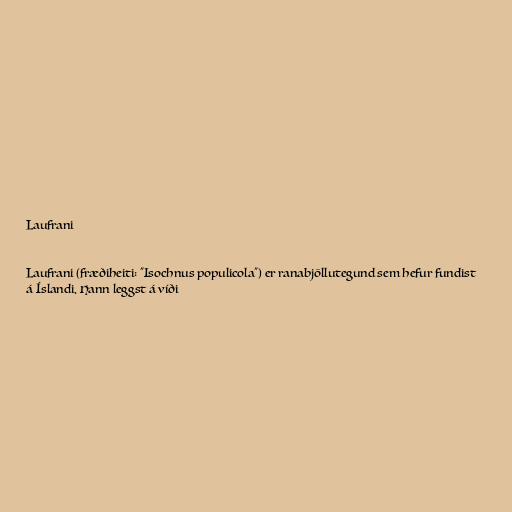
Laufrani

Laufrani (fræðiheiti: "Isochnus populicola") er ranabjöllutegund sem hefur fundist
á Íslandi. Hann leggst á víði